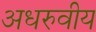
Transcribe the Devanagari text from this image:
अधरुवीय